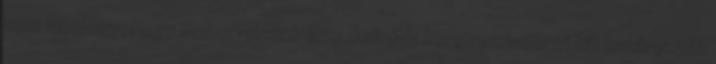
nem mindegy, hogy ember-létünk eme definitív keretrendszerét kik határozzák